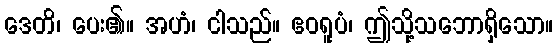
ဒေတိ၊ ပေး၏။ အဟံ၊ ငါသည်။ ဧဝရူပံ၊ ဤသို့သဘောရှိသော။